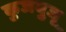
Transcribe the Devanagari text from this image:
कुजबुजू